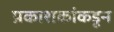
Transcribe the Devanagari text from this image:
प्रकाशकांकडून